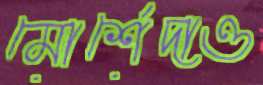
মোর্শেদাও